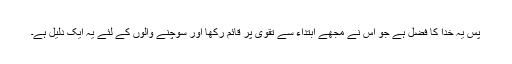
پس یہ خدا کا فضل ہے جو اس نے مجھے ابتداء سے تقویٰ پر قائم رکھا اور سوچنے والوں کے لئے یہ ایک دلیل ہے۔